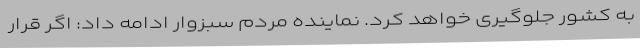
به کشور جلوگیری خواهد کرد. نماینده مردم سبزوار ادامه داد:‌ اگر قرار